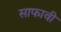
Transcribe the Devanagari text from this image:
साफावी